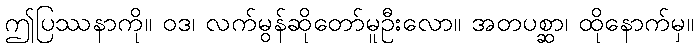
ဤပြဿနာကို။ ဝဒ၊ လက်မွန်ဆိုတော်မူဦးလော။ အတပစ္ဆာ၊ ထိုနောက်မှ။